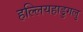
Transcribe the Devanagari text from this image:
हल्लियहाडुगलु